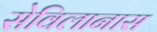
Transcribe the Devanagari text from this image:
सेविलानास